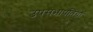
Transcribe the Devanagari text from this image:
उपसभापतियॉ